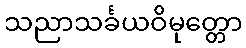
သညာသင်္ခယဝိမုတ္တော